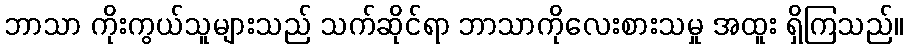
ဘာသာ ကိုးကွယ်သူများသည် သက်ဆိုင်ရာ ဘာသာကိုလေးစားသမှု အထူး ရှိကြသည်။